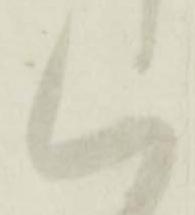
く